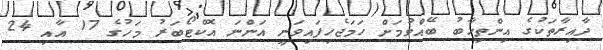
ދާއިރާތަކުގެ އިންތިޚާބު ބޭއްވުމަށް ހަމަޖެހިފައިވަނީ އަންނަ އޮކްޓޯބަރު މަހުގެ 17 އާއި 24